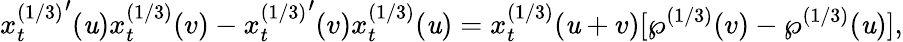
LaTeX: {x_{t}^{(1/3)}}^{\prime}(\mathit{u})x_{t}^{(1/3)}(v)-{x_{t}^{(1/3)}}^{\prime}(v)x_{t}^{(1/3)}(\mathit{u})=x_{t}^{(1/3)}(\mathit{u}+v)[\wp^{(1/3)}(v)-\wp^{(1/3)}(\mathit{u})],